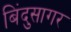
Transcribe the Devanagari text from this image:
बिंदुसागर